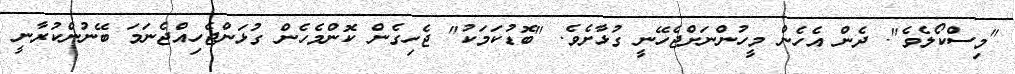
"މިސްކޯލެވެ". ދެން އެހެން މީހުންނަށްޖެހޭނީ ގުޅާށެވެ. "ބޮޑުކަމަކު" ޖެހިގެން ކޮންމެހެން ގުޅަންޖެހިއްޖެނަމަ ބޭނުންކުރާނީ